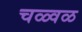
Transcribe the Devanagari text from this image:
चळ्वळ